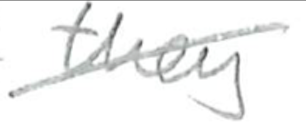
Text: they
Cross-out: diagonal
Writing tool: pencil